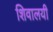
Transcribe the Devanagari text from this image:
शिवालयी